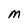
Character: M